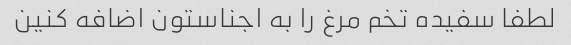
لطفا سفیده تخم مرغ را به اجناستون اضافه کنین